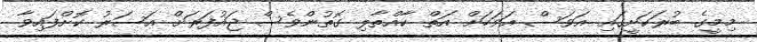
މިމީގެ ބުރަކަށީގައި އަވަސް އަވަހަށް އަތް ކާއްތާލި ގޮތުންވެސް ޖައުފަރަށް އަސަރު ކޮށްފައިވާ